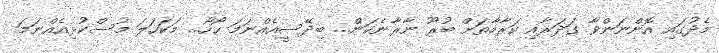
މެދުގައި އޮންނަންވާ ގަދަރާއި ކަރާމާތަށް ބުރޫ ނާރާނެކަން... ބިދޭސީއެއްނަމަ ހޯހޯ... މަކަހަލަ މުުސްކުޅިއެއްނަމަ